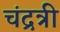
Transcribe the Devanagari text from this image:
चंद्रत्री